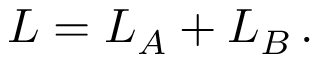
L = L _ { A } + L _ { B } \, .